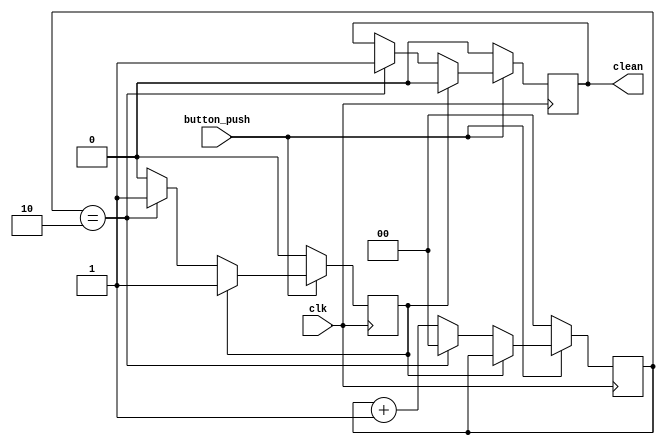
module debouncer(clean, button_push, clk);
    input button_push, clk;
    output reg clean;
    
    reg output_exist;
    reg [1:0] deb_count;
    // 3 for testbench
    // 20 for fpga
    parameter MAX = 2'b10;
    
    always @(posedge clk) begin
        if (button_push) begin
            if (!output_exist) begin
                if (deb_count == MAX) begin
                    clean <= 1;
                    deb_count <= 0;
                    output_exist <= 1;
                end else deb_count <= deb_count + 1;
            end else clean <= 0;
        end else begin
            clean <= 0;
            deb_count <= 0;
            output_exist <= 0;
        end
    end
endmodule